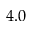
4 . 0